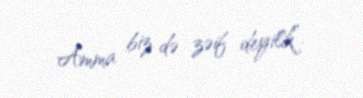
Amma biz də zəif deyilik”.